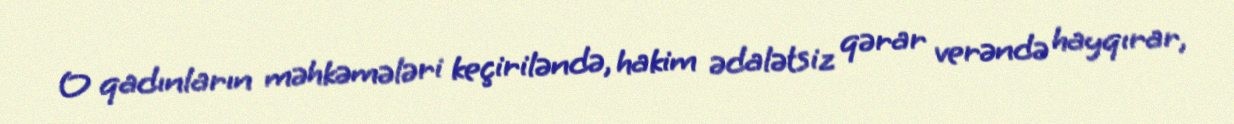
O qadınların məhkəmələri keçiriləndə, hakim ədalətsiz qərar verəndə hayqırar,